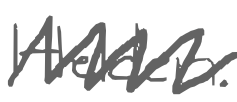
Text: Helden.
Cross-out: zig-zag
Writing tool: digital_gray